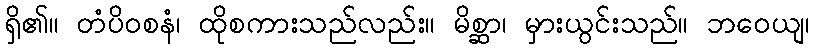
ရှိ၏။ တံပိဝစနံ၊ ထိုစကားသည်လည်း။ မိစ္ဆာ၊ မှားယွင်းသည်။ ဘဝေယျ၊